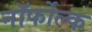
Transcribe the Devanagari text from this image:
नॉर्फोल्क